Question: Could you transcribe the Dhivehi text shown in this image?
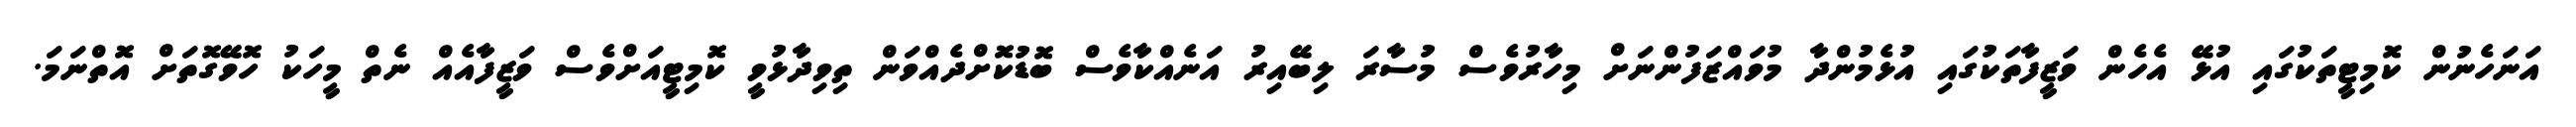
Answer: އަނަހެނުން ކޮމިޓީތަކުގައި އުޅޭ އެހެން ވަޒީފާތަކުގައި އުޅެމުންދާ މުވައްޒަފުންނަށް މިހާރުވެސް މުސާރަ ލިބޭއިރު އަނެއްކާވެސް ބޮޑުކޮށްދެއްވަން ތިވިދާޅުވީ ކޮމިޓީއަށްވެސް ވަޒީފާއެއް ނެތް މީހަކު ހޮވޭގޮތަށް އޮތްނަމަ.